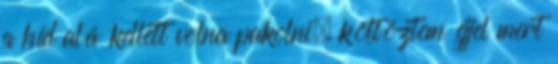
a híd alá kellett volna pakolni, költöztem éjjel mert